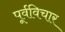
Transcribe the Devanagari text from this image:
पूर्वविचार